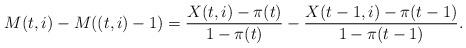
LaTeX: \begin{align*}M(t,i)-M((t,i)-1)=\frac{X(t,i)-\pi(t)}{1-\pi(t)}-\frac{X(t-1,i)-\pi(t-1)}{1-\pi(t-1)}.\end{align*}